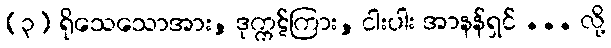
(၃) ရိုသေသောအား, ဒုက္ကဋ်ကြား, ငါးပါး အာနန်ရှင် ... လို့